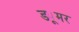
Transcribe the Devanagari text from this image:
ड्यूमर